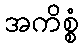
အကိစ္စံ